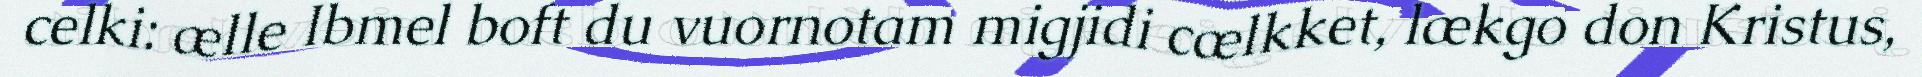
celki: ælle Ibmel boft du vuornotam migjidi cælkket, lækgo don Kristus,